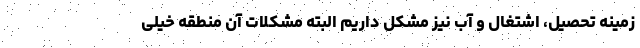
زمینه تحصیل، اشتغال و آب نیز مشکل داریم البته مشکلات آن منطقه خیلی